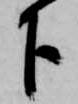
下